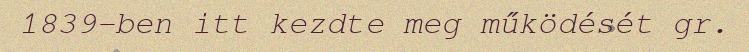
1839-ben itt kezdte meg működését gr.